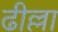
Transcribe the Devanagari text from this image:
ढील्ला